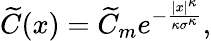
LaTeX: \widetilde{C}(x)=\widetilde{C}_{m}e^{-\frac{|x|^{\kappa}}{\kappa\sigma^{\kappa}}},